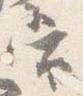
当